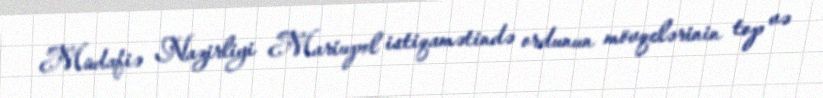
Müdafiə Nazirliyi Mariupol istiqamətində ordunun mövqelərinin top və